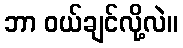
ဘာ ဝယ်ချင်လို့လဲ။